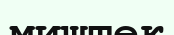
миштек